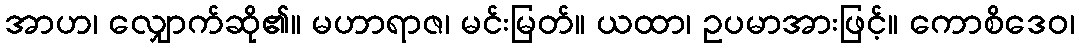
အာဟ၊ လျှောက်ဆို၏။ မဟာရာဇ၊ မင်းမြတ်။ ယထာ၊ ဥပမာအားဖြင့်။ ကောစိဒေဝ၊